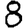
Digit: 8